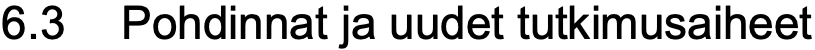
6.3 Pohdinnat ja uudet tutkimusaiheet